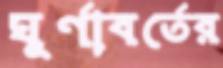
ঘূর্ণাবর্তের